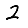
Digit: 2